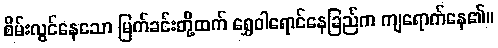
စိမ်းလွင်နေသော မြက်ခင်းတို့ထက် ရွှေဝါရောင်နေခြည်က ကျရောက်နေ၏။